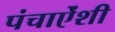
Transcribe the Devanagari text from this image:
पंचाऐंशी